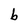
Character: b